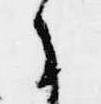
候